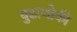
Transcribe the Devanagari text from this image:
बुढाथोकी